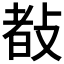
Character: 𢾀